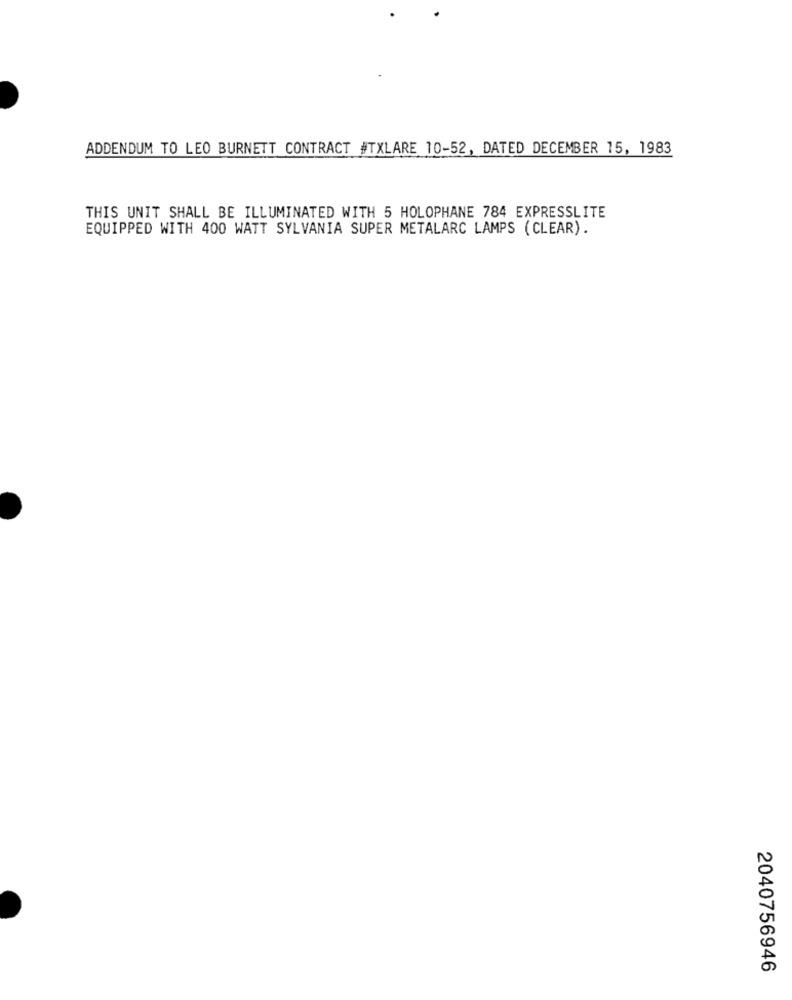
ADDENDUM TO LEO BURNETT CONTRACT #TXLARE 10-52, DATED DECEMBER 15, 1983
THIS UNIT SHALL BE ILLUMINATED WITH 5 HOLOPHANE 784 EXPRESSLITE
EQUIPPED WITH 400 WATT SYLVANIA SUPER METALARC LAMPS (CLEAR).
2040756946